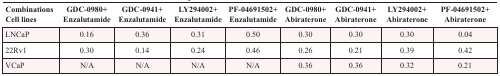
<table><thead><tr><td><b>CombinationsCell lines</b></td><td><b>GDC-0980+ Enzalutamide</b></td><td><b>GDC-0941+ Enzalutamide</b></td><td><b>LY294002+ Enzalutamide</b></td><td><b>PF-04691502+ Enzalutamide</b></td><td><b>GDC-0980+ Abiraterone</b></td><td><b>GDC-0941+ Abiraterone</b></td><td><b>LY294002+ Abiraterone</b></td><td><b>PF-04691502+ Abiraterone</b></td></tr></thead><tbody><tr><td>LNCaP</td><td>0.16</td><td>0.36</td><td>0.31</td><td>0.50</td><td>0.30</td><td>0.30</td><td>0.30</td><td>0.04</td></tr><tr><td>22Rv1</td><td>0.30</td><td>0.14</td><td>0.24</td><td>0.46</td><td>0.26</td><td>0.21</td><td>0.39</td><td>0.42</td></tr><tr><td>VCaP</td><td>N/A</td><td>N/A</td><td>N/A</td><td>N/A</td><td>0.36</td><td>0.36</td><td>0.32</td><td>0.21</td></tr></tbody></table>